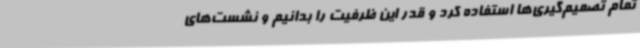
تمام تصمیم‌گیری‌ها استفاده کرد و قدر این ظرفیت را بدانیم و نشست‌های